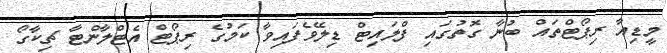
މީޑިއާ ރިޕޯޓްތައް ބުނާ ގޮތުގައި ފްލައިޓް ޑިލޭވެފައިވާ ކަމުގެ ރިޕޯޓް އެޓްލާންޓާ ޗިކާގޯ